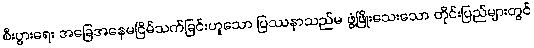
စီးပွားရေး အခြေအနေမငြိမ်သက်ခြင်းဟူသော ပြဿနာသည်မ ဖွံ့ဖြိုးသေးသော တိုင်းပြည်များတွင်